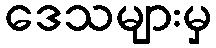
ဒေသများမှ